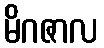
မိဂဇာလ